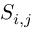
S _ { i , j }